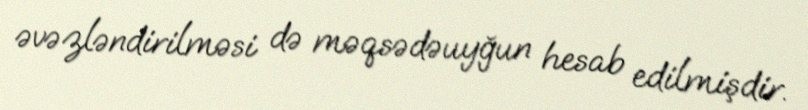
əvəzləndirilməsi də məqsədəuyğun hesab edilmişdir.